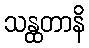
သန္ထတာနိ